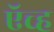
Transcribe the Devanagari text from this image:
ऍच्ह